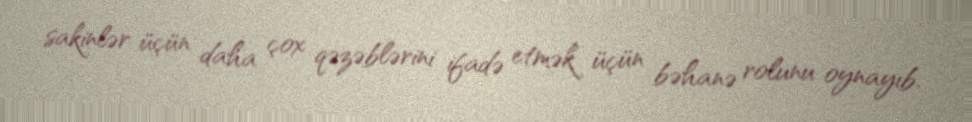
sakinlər üçün daha çox qəzəblərini ifadə etmək üçün bəhanə rolunu oynayıb.